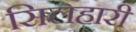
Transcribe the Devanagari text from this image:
सिलहारी